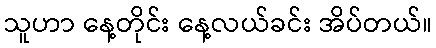
သူဟာ နေ့တိုင်း နေ့လယ်ခင်း အိပ်တယ်။